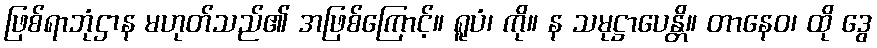
ဖြစ်ရာဘုံဌာန မဟုတ်သည်၏ အဖြစ်ကြောင့်။ ရူပံ၊ ကို။ န သမုဋ္ဌာပေန္တိ။ တာနေဝ၊ ထို ဒွေ